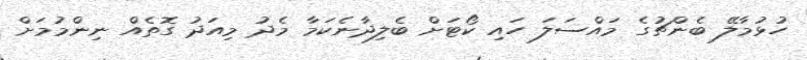
ހުޅުމާލޭ ބެންޗުގެ މައްސަލަ ހައި ކޯޓަށް ބެލިދާނެކަމާ މެދު މިއަދު ގޮތެއް ނިންމުމަށް